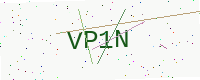
Text: VP1N